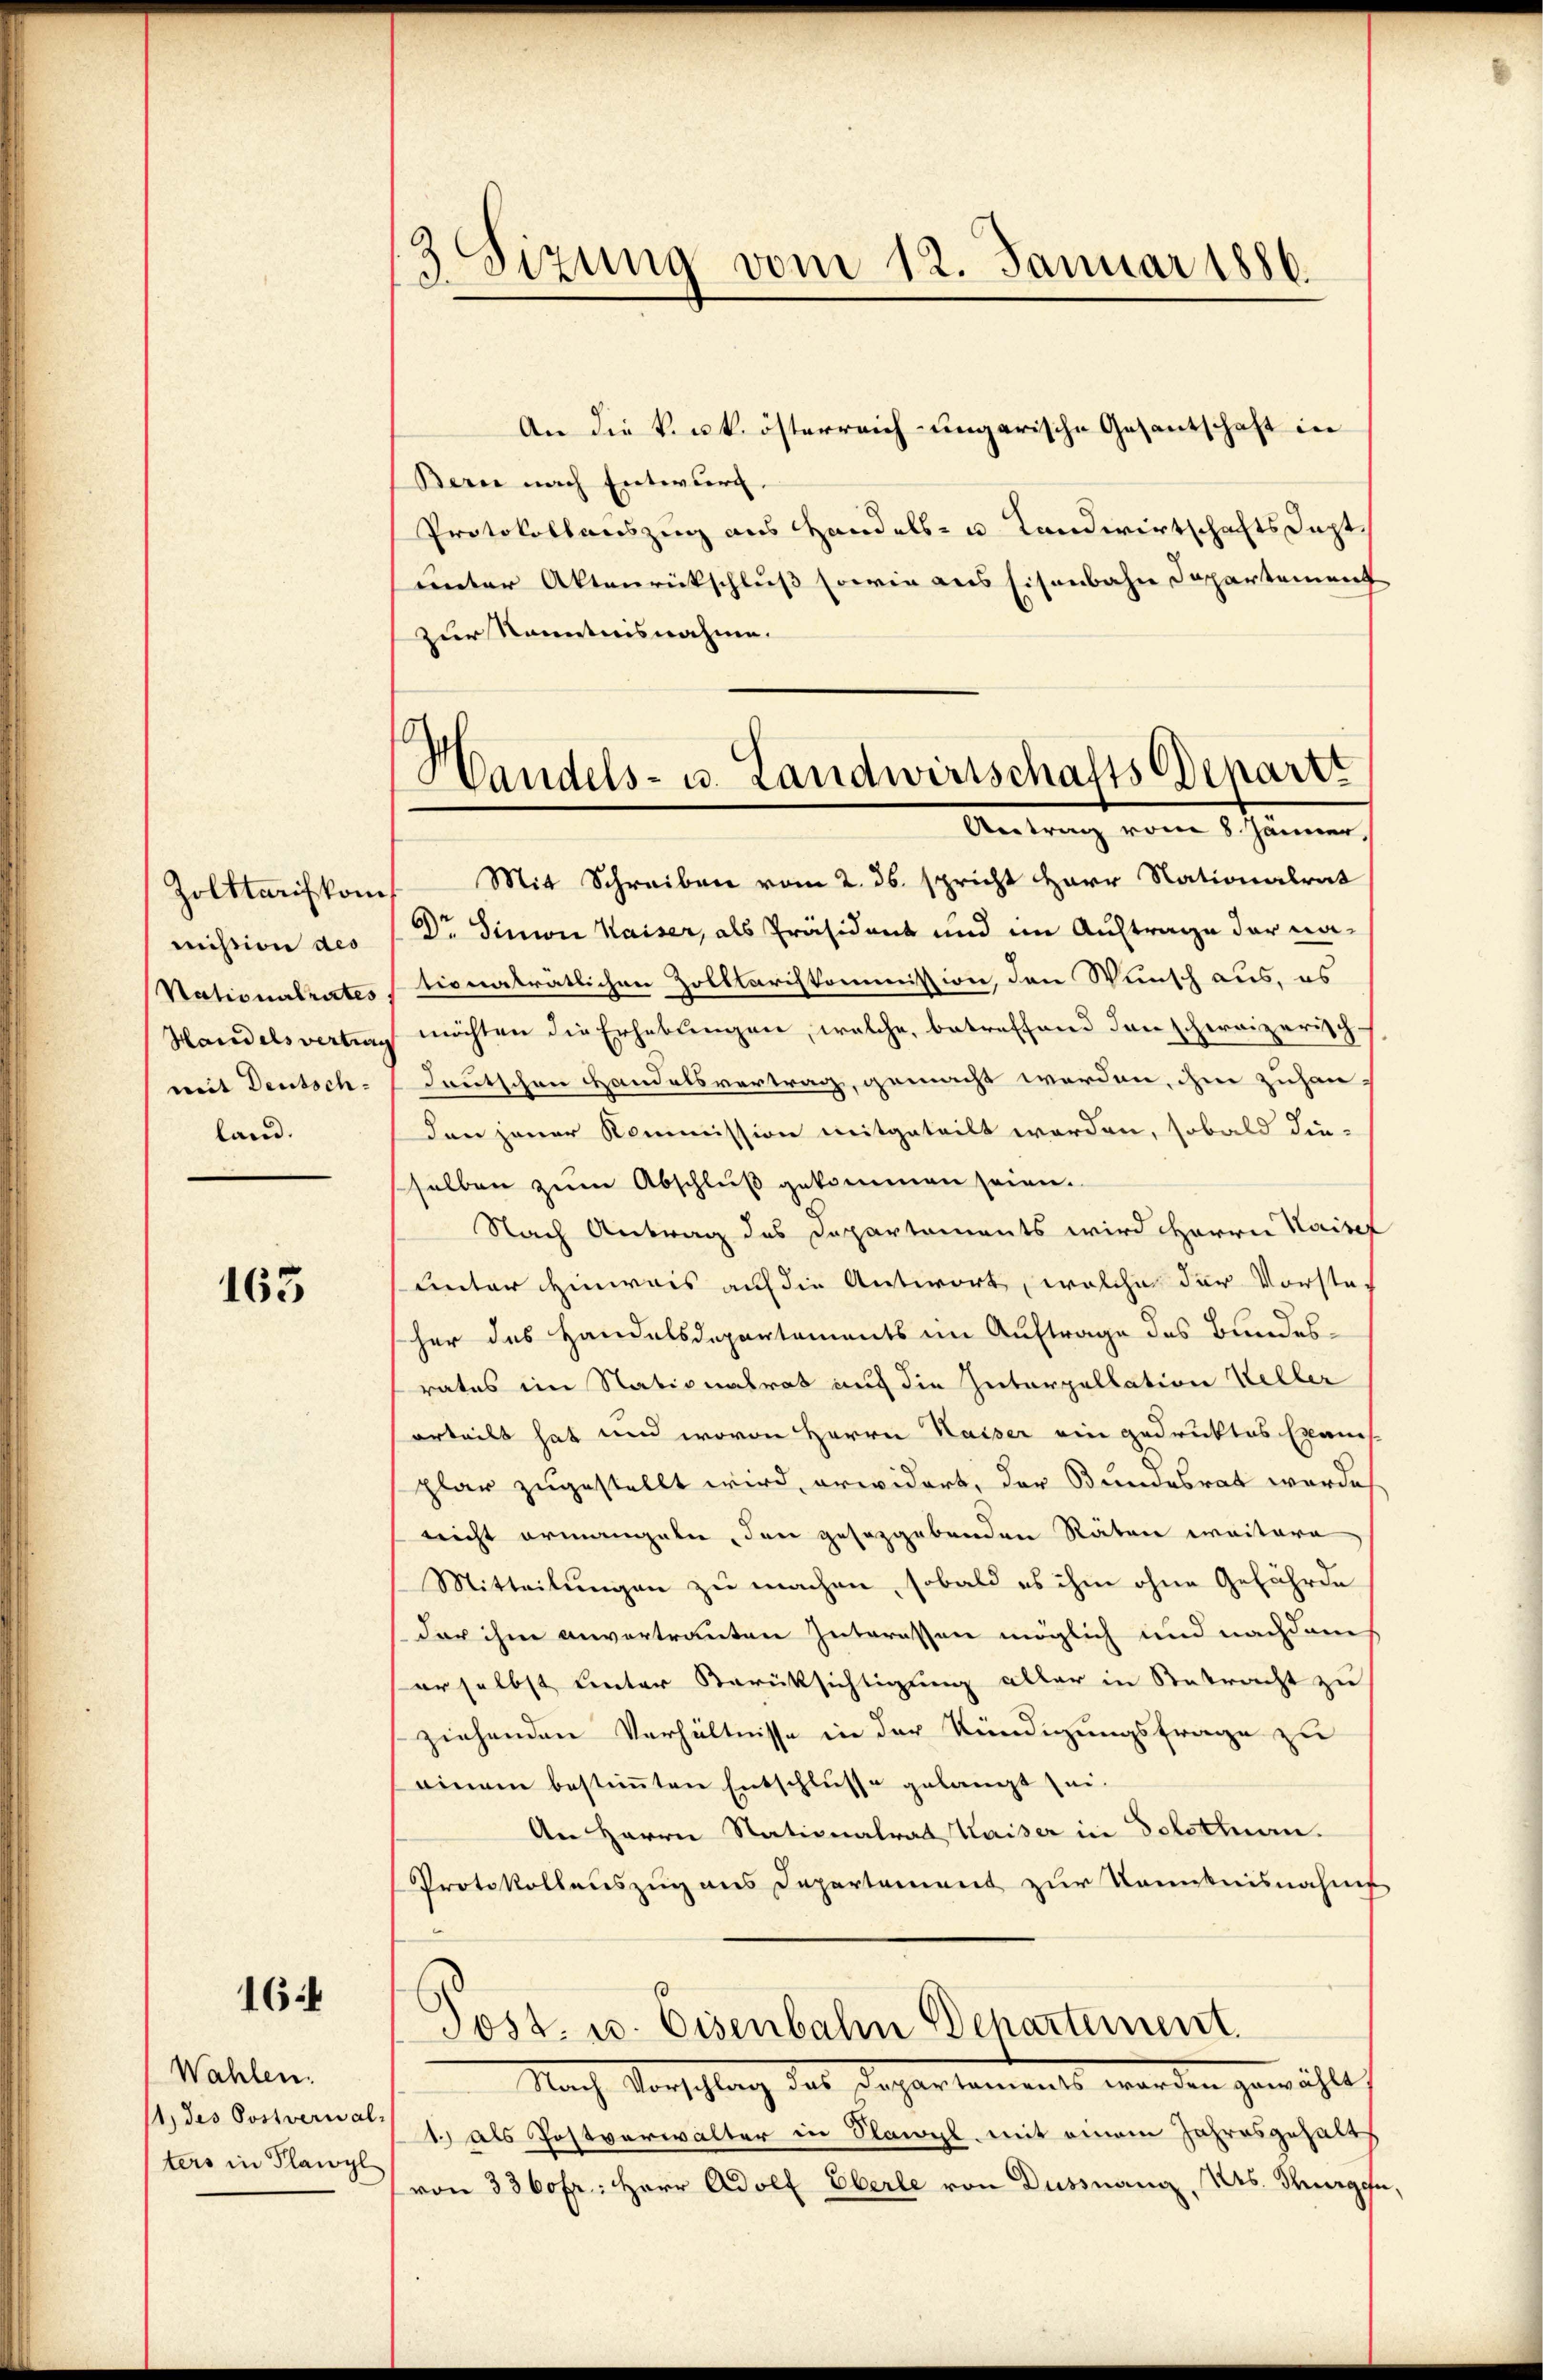
Zolttarif kom
mihtion des
Nationalrates
Handelsvertrag
mit Deutsch-
land.

163

16

Wahlen.
11 des Postverwal
ters in Plawyl

3 Sizung vom 12. Januar 1886.

An die k. k. österreich-ungarische Gesantschaft in
Bern nach Entwurf.
Protokollauszug aus Handels- u Landwirtschaftsdest
unter Aktenrückschluß sowie aus Eisenbahn Departement
zur Kenntnisnahme.

Mit Schreiben vom 2. ds. spricht Herr Nationalrat
Dr. Simon Kaiser, als Präsident und im Auftrage der nationaträtlichen Zolllariskommission, den Wunsch aus, es
möchten die Erhebungen, welche, betreffend den schweizerischdeutschen Handelsvertrag, gemacht werden, ihm zuhanden jener Kommission mitgeteilt worden, sobald die-
sselben zum Abschluß gekommen seien.
Nach Antrag des Departements wird Herrn Kaisef
unter Hinweis auf die Antwort, welche der Vorsteher des Handelsdepartements im Auftrage des Bundesrates im Nationalrat auf die Interpellation Keller
orteilt hat und wovon Herrn Kaiser ein gedruktes Examis
plar zugestellt wird, erwidert, der Bundesrat wurde
nicht ermangeln, den gesetzgebenden Räten weitere
Mitteilungen zu machen, sobald es ihm ohne Gefährde
dar ihm anvertrauten Interessen möglich und nachdem
erselbst unter Berücksichtigung aller in Betracht zu
ziehenden Verhältnisse in der Kündigungsfrage zu
einem bestiṁten Entschlüsse gelangt sei.
An Herrn Nationalrat Kaiser in Solothurn.
Protokollauszug aus Departement zur Kenntnisnahms
Tost- u. Eisenbahn Departement
Nach Vorschlag des Departaments werden gewählt,
1.) als Postverwalter in Nawyl, mit einem Jahresgehalts
von 3360fr. Herr Adolf Eberle von Düssnang, As. Turgen

¬
Handels- u. Landwirtschafts Departe
Antrag vom 8. Jänner,